Malarial fevers
Disease focus: Malaria
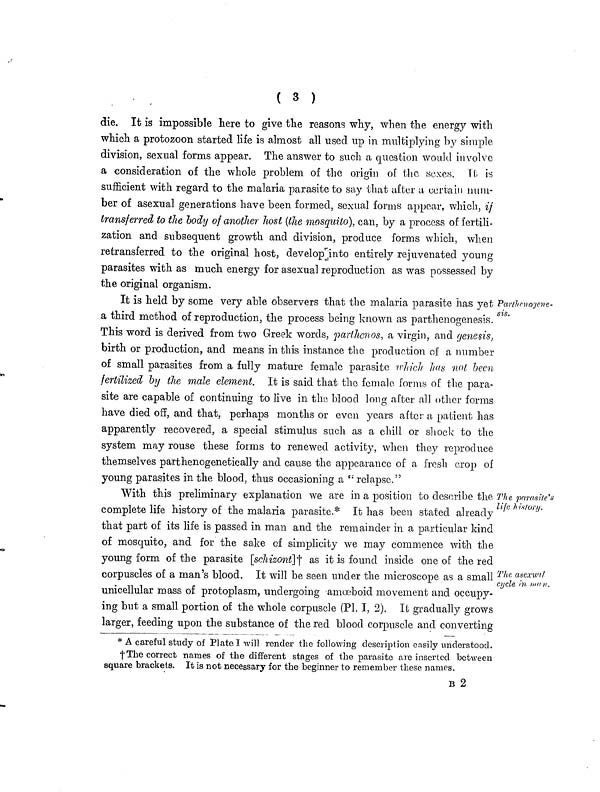
( 3 )
die. It is impossible here to give the reasons why, when the energy with
which a protozoon started life is almost all used up in multiplying by simple
division, sexual forms appear. The answer to such a question would involve
a consideration of the whole problem of the origin of the sexes. 1t is
sufficient with regard to the malaria parasite to say that after a certain num-
ber of asexual generations have been formed, sexual forms appear, which, if
transferred to the body of another host (the mosquito), can, by a process of fertili-
zation and subsequent growth and division, produce forms which, when
retransferred to the original host, develop into entirely rejuvenated young
parasites with as much energy for asexual reproduction as was possessed by
the original organism.
Parthenojene-
sis.
It is held by some very able observers that the malaria parasite has yet
a third method of reproduction, the process being known as parthenogenesis.
This word is derived from two Greek words, parthenos, a virgin, and genesis,
birth or production, and means in this instance the production of a number
of small parasites from a fully mature female parasite which has not been
fertilized by the male element. It is said that the female forms of the para-
site are capable of continuing to live in the blood long after all other forms
have died off, and that, perhaps months or even years after a patient has
apparently recovered, a special stimulus such as a chill or shock to the
system may rouse these forms to renewed activity, when they reproduce
themselves parthenogenetically and cause the appearance of a fresh crop of
young parasites in the blood, thus occasioning a " : relapse."
The parasite's
life history.
The a sexual
cycle in man.
With this preliminary explanation we are in a position to describe the
complete life history of the malaria parasite.* It has been stated already
that part of its life is passed in man and the remainder in a particular kind
of mosquito, and for the sake of simplicity we may commence with the
young form of the parasite [schizont]+ as it is found inside one of the red
corpuscles of a man's blood. It will be seen under the microscope as a small
unicellular mass of protoplasm, undergoing amoeboid movement and occupy-
ing but a small portion of the whole corpuscle (Pl. I, 2). It gradually grows
larger, feeding upon the substance of the red blood corpuscle and converting
* A careful study of Plate I will render the following description easily understood.
†The correct names of the different stages of the parasite are inserted between
square brackets. It is not necessary for the beginner to remember these names.
B 2